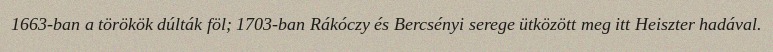
1663-ban a törökök dúlták föl; 1703-ban Rákóczy és Bercsényi serege ütközött meg itt Heiszter hadával.